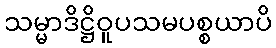
သမ္မာဒိဋ္ဌိဝူပသမပစ္စယာပိ